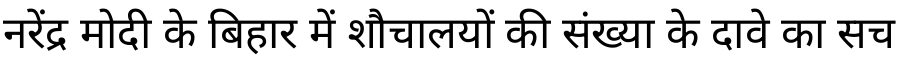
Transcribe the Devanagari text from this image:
नरेंद्र मोदी के बिहार में शौचालयों की संख्या के दावे का सच